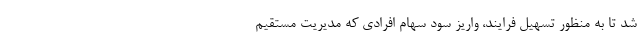
شد تا به منظور تسهیل فرایند، واریز سود سهام افرادی که مدیریت مستقیم